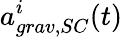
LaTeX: a_{grav,SC}^{i}(t)